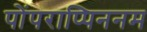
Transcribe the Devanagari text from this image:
पोंपराप्पिननम